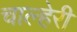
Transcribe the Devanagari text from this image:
चाल्हेरी